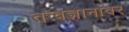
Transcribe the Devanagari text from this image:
तत्त्वज्ञानांवर